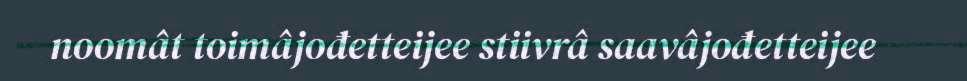
noomât toimâjođetteijee stiivrâ saavâjođetteijee